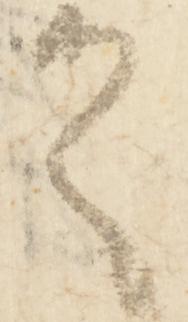
之